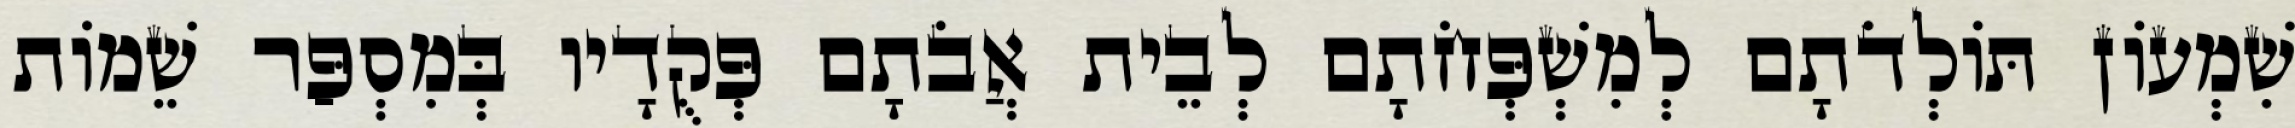
שִׁמְעוֹן תּוֹלְדֹתָם לְמִשְׁפְּחֹתָם לְבֵית אֲבֹתָם פְּקֻדָיו בְּמִסְפַּר שֵׁמוֹת